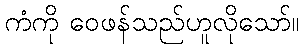
ကံကို ဝေဖန်သည်ဟူလိုသော်။